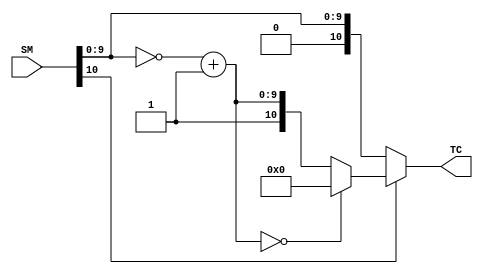
// Conversion between signed-magnitude and two's complement

module SM2TC
	#(parameter width = 11)
	(SM, TC);
	input [width-1:0] SM;
	output [width-1:0] TC;

	wire [width-2:0] tmp;                 // Magnitude
	assign tmp = ~(SM[width-2:0]) + 'b1;  // Flip bits and add 1
 	assign TC = SM[width-1] ?             // Negative
                (tmp == 0 ?             // Negative zero
                  'd0 :                 // Convert to "positive" zero          
                  {1'b1, tmp}):         // Prepend negative sign
                SM;                     // Positive
endmodule

module TC2SM
	#(parameter width = 11)
	(TC, SM, Overflow);
	input [width-1:0] TC;
	output [width-1:0] SM;
  output Overflow;

	wire [width-1:0] Magnitude;
	assign Magnitude = TC[width-1] ?                // Negative
                       ~(TC[width-1:0]) + 1'b1 :  // Flip bits and add 1
                       TC;                        // Positive
	assign SM = {TC[width-1], Magnitude[width-2:0]};// Prepend sign
  assign Overflow = TC[width-1] & ~TC[width-2:0]; // Most negative TC numbe
                                                  // Alternatively, Overflow = Magnitude[width-1]
endmodule